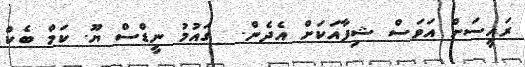
ރައީސަށް އަވަސް ޝިފާއަކަށް އެދެން.  ގައުމު ނީޑްސް ޔޫ. ކަމް ބެކް